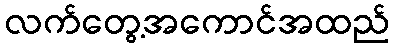
လက်တွေ့အကောင်အထည်